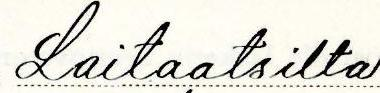
Laitaatsilta